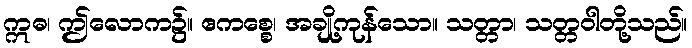
ဣဓ၊ ဤလောက၌။ ဧကစ္စေ၊ အချို့ကုန်သော။ သတ္တာ၊ သတ္တဝါတို့သည်။